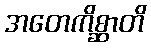
အတေကိစ္ဆာတိ